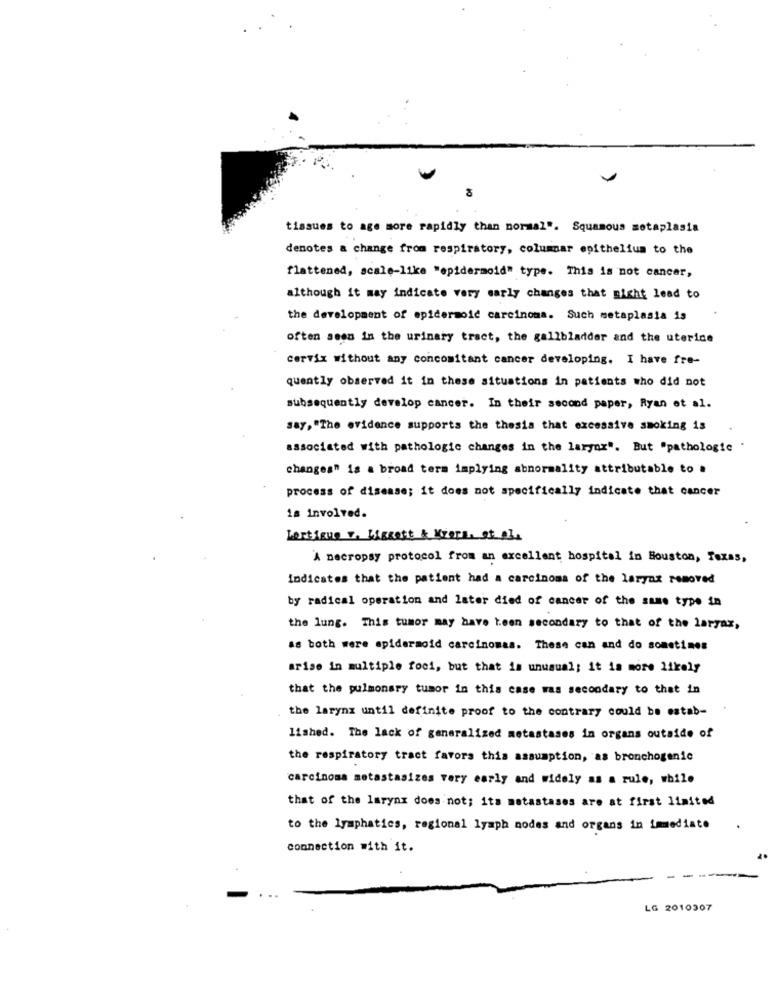
tissues to age more rapidly than normal". Squamous metaplasia
denotes a change from respiratory, columnar epithelium to the
flattened, scale-like "epidermoid" type. This is not cancer,
although it may indicate very early changes that might lead to
the development of epidermoid carcinoma. Such metaplasia is
often seem in the urinary tract, the gallbladder and the uterine
cervix without any concomitant cancer developing. I have fre-
quently observed it in these situations in patients who did not
subsequently develop cancer. In their second paper, Ryan et al.
say, "The evidence supports the thesia that excessive smoking is
associated with pathologie changes in the larger". But "pathologie
changes" is a broad term implying abnormality attributable to .
process of disease; it does not specifically indicate that cancer
is involved.
Lartigue 7. biggest & Kiera. et al.
'À necropsy protocol from an excellent hospital in Houston, Texas,
Indicates that the patient had a carcinoma of the laryaz removed
by radical operation and later died of cancer of the same type in
the lung. This tumor may have been secondary to that of the largax,
as both were apidermoid carcinomas. These can and do sometimes
arise in multiple foci, but that is unusual; it is more likely
that the pulmonary tumor in this case was secondary to that in
the larynx until definite proof to the contrary could be estab-
lished. The lack of generalized metastases in organs outside of
the respiratory tract favors this assumption, as bronchogenic
carcinoma metastasizes very early and widely as a rule, while
that of the larynx does not; its metastases are at first limited
to the lymphatics, regional lymph nodes and organs in immediate
connection with it.
-
LG 2010307